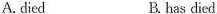
A.died B. has died